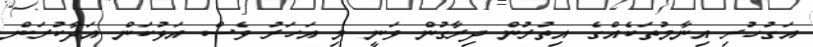
އަގުހުރި އިނާމުތަކެއްގެ އިތުރުން ދިރާގުން ވަނީ މި އަހަރު ވެސް އަޅުކަން އަދާކުރަން